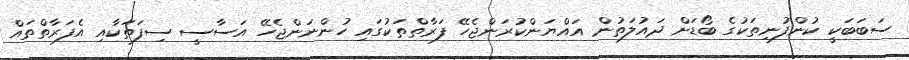
ސަބަބަކީ ކުންފުނިތަކުގެ ބޯޑަށް ދައުލަތުން އައްޔަންކުރަންޖެހޭ ފަރާތްތަކުގައި ހުންނަންޖެހޭ އަސާސީ ސިފަތަކާއި އެފަރާތްތައް